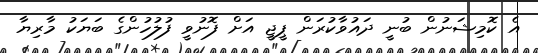
އެ ކޮމިޝަނުން ބުނީ ދައުވާކުރަން ޕީޖީ އަށް ފޮނުވީ ފުލުހުންގެ ބަޔަކު މާރިޔާ